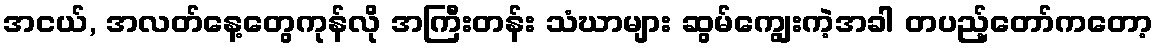
အငယ်, အလတ်နေ့တွေကုန်လို အကြီးတန်း သံဃာများ ဆွမ်ကျွေးကဲ့အခါ တပည့်တော်ကတော့